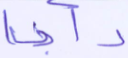
دأبا